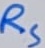
Text: RS